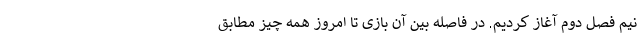
نیم فصل دوم آغاز کردیم. در فاصله بین آن بازی تا امروز همه چیز مطابق